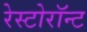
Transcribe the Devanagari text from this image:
रेस्टोरॉन्ट